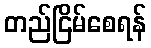
တည်ငြိမ်စေရန်